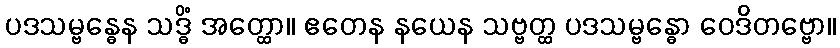
ပဒသမ္ဗန္ဓေန သဒ္ဓိံ အတ္ထော။ ဧတေန နယေန သဗ္ဗတ္ထ ပဒသမ္ဗန္ဓော ဝေဒိတဗ္ဗော။